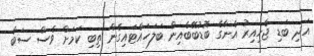
އަދި ބަޑި ޖެހިއިރު އެނާގެ ބޮޑުބޭބެއިން ބަލަހައްޓައިގެން ތިބި ކަމަށް ވެސް ސަބާ